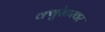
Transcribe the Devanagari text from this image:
क्युरेटरवर